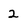
Character: 2